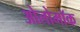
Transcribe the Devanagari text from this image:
ओलोमॉक